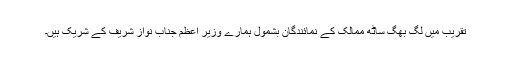
تقریب میں لگ بھگ ساٹھ ممالک کے نمائندگان بشمول ہمارے وزیرِ اعظم جناب نواز شریف کے شریک ہیں۔